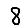
Digit: 8